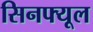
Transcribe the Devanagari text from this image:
सिनफ्यूल